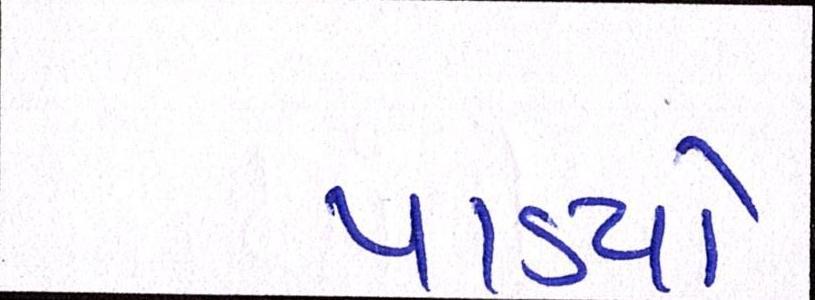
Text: પાડયો